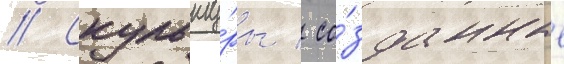
// Скульпту́ры / со́зданные